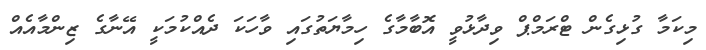
މިކަމާ ގުޅިގެން ޓްރަމްޕް ވިދާޅުވީ އޮބާމާގެ ހިމާޔަތުގައި ވާހަކަ ދެއްކުމަކީ އޭނާގެ ޒިންމާއެއް